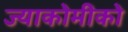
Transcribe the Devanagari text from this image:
ज्याकोमीको